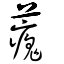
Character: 藱